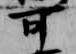
可